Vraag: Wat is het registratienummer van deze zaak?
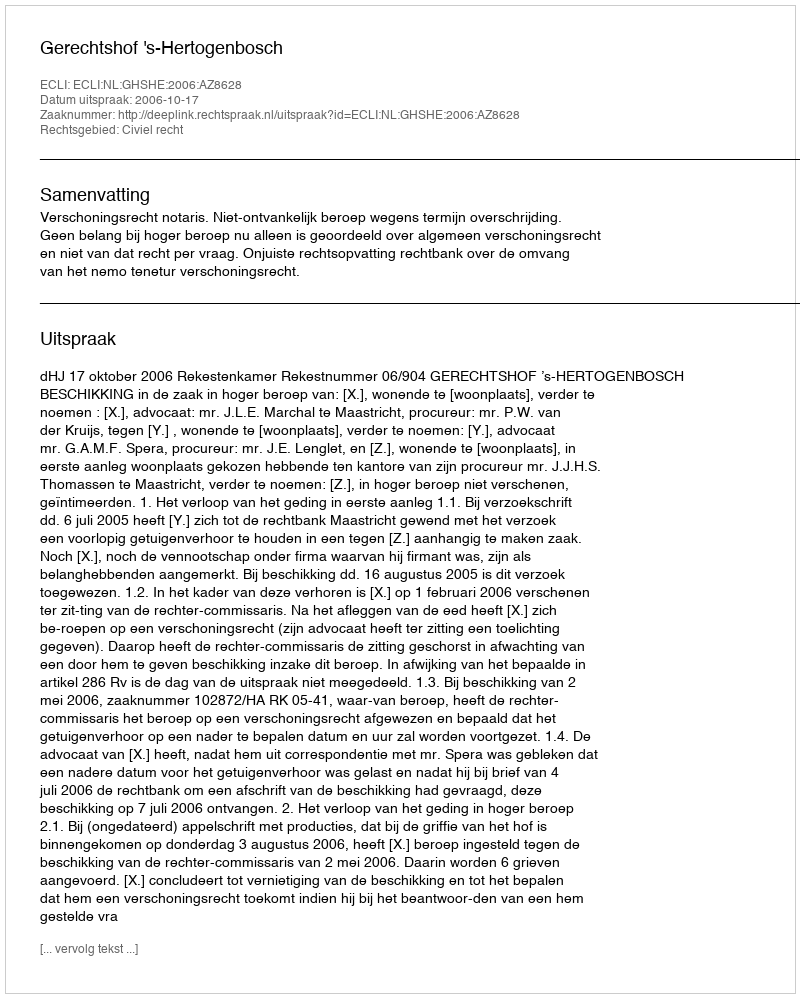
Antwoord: http://deeplink.rechtspraak.nl/uitspraak?id=ECLI:NL:GHSHE:2006:AZ8628